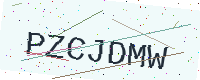
Text: PZCJDMW